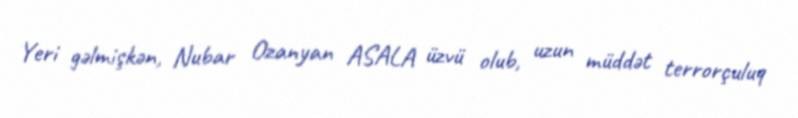
Yeri gəlmişkən, Nubar Ozanyan ASALA üzvü olub, uzun müddət terrorçuluq